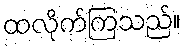
ထလိုက်ကြသည်။